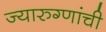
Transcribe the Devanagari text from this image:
ज्यारुग्णांची